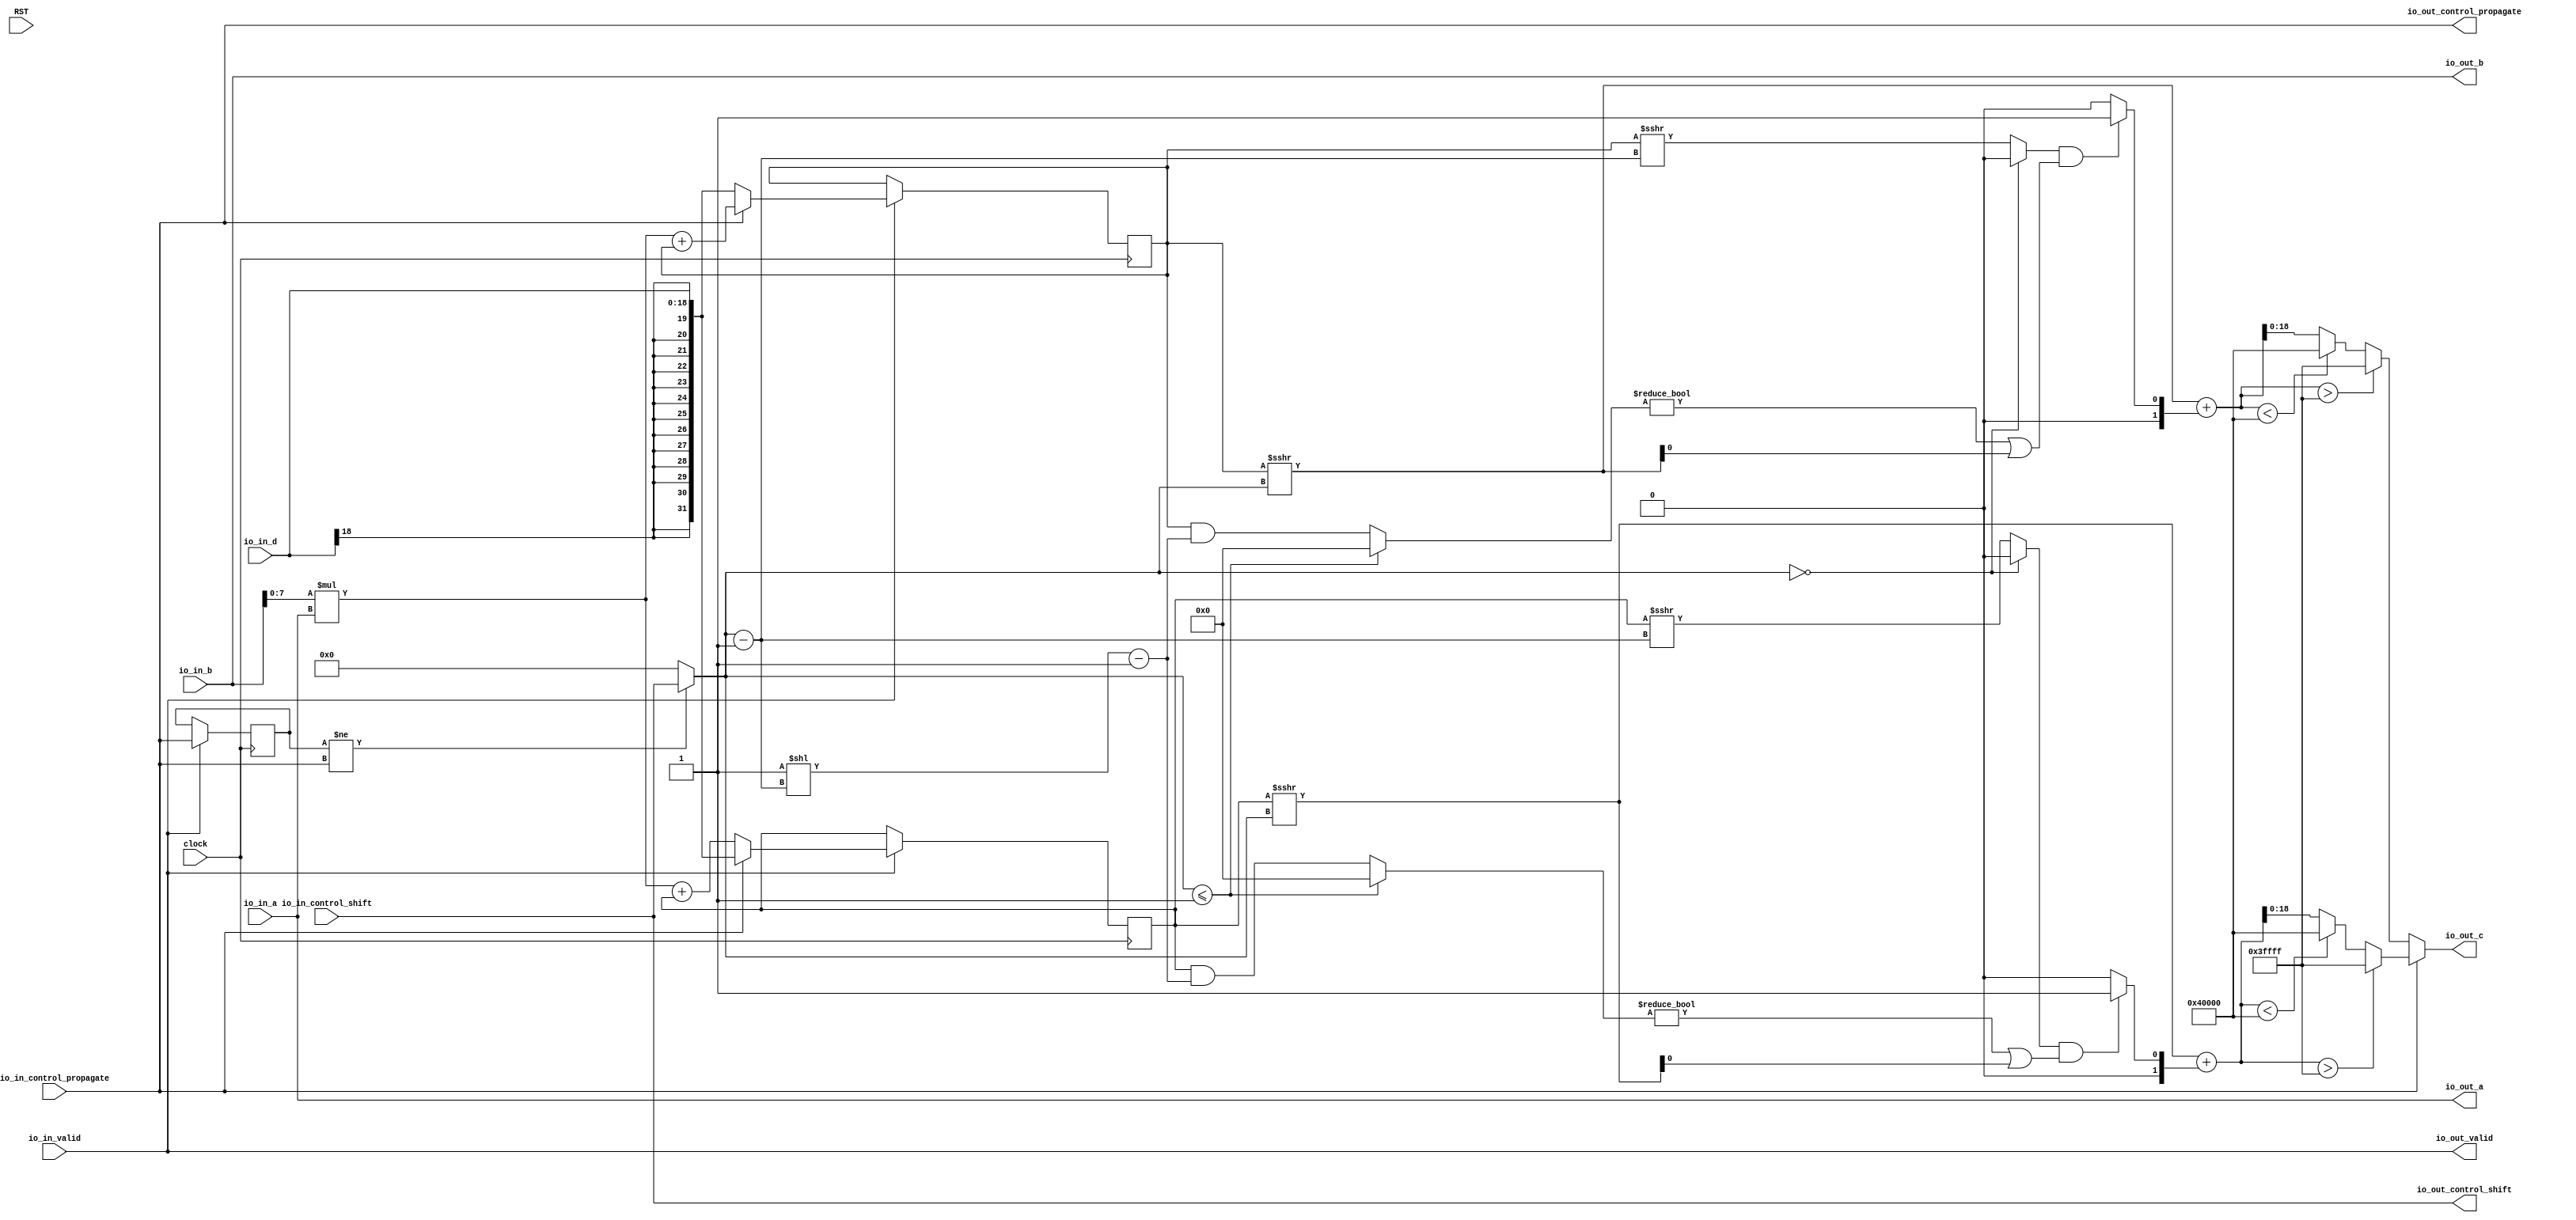
module PE_64( // @[:example.TestHarness.GemminiSocTest1RocketConfig.fir@165467.2]
  input         clock, // @[:example.TestHarness.GemminiSocTest1RocketConfig.fir@165468.4]
  input RST,
  input  [7:0]  io_in_a, // @[:example.TestHarness.GemminiSocTest1RocketConfig.fir@165470.4]
  input  [18:0] io_in_b, // @[:example.TestHarness.GemminiSocTest1RocketConfig.fir@165470.4]
  input  [18:0] io_in_d, // @[:example.TestHarness.GemminiSocTest1RocketConfig.fir@165470.4]
  output [7:0]  io_out_a, // @[:example.TestHarness.GemminiSocTest1RocketConfig.fir@165470.4]
  output [18:0] io_out_b, // @[:example.TestHarness.GemminiSocTest1RocketConfig.fir@165470.4]
  output [18:0] io_out_c, // @[:example.TestHarness.GemminiSocTest1RocketConfig.fir@165470.4]
  input         io_in_control_propagate, // @[:example.TestHarness.GemminiSocTest1RocketConfig.fir@165470.4]
  input  [4:0]  io_in_control_shift, // @[:example.TestHarness.GemminiSocTest1RocketConfig.fir@165470.4]
  output        io_out_control_propagate, // @[:example.TestHarness.GemminiSocTest1RocketConfig.fir@165470.4]
  output [4:0]  io_out_control_shift, // @[:example.TestHarness.GemminiSocTest1RocketConfig.fir@165470.4]
  input         io_in_valid, // @[:example.TestHarness.GemminiSocTest1RocketConfig.fir@165470.4]
  output        io_out_valid // @[:example.TestHarness.GemminiSocTest1RocketConfig.fir@165470.4]
);
  reg [31:0] c1; // @[PE.scala 44:15:example.TestHarness.GemminiSocTest1RocketConfig.fir@165472.4]
  reg [31:0] _RAND_0;
  reg [31:0] c2; // @[PE.scala 45:15:example.TestHarness.GemminiSocTest1RocketConfig.fir@165473.4]
  reg [31:0] _RAND_1;
  reg  last_s; // @[Reg.scala 15:16:example.TestHarness.GemminiSocTest1RocketConfig.fir@165479.4]
  reg [31:0] _RAND_2;
  wire  flip; // @[PE.scala 58:21:example.TestHarness.GemminiSocTest1RocketConfig.fir@165483.4]
  wire [4:0] shift_offset; // @[PE.scala 59:25:example.TestHarness.GemminiSocTest1RocketConfig.fir@165484.4]
  wire  _T_4; // @[Arithmetic.scala 72:32:example.TestHarness.GemminiSocTest1RocketConfig.fir@165491.8]
  wire [4:0] _T_6; // @[Arithmetic.scala 72:53:example.TestHarness.GemminiSocTest1RocketConfig.fir@165493.8]
  wire [31:0] _T_7; // @[Arithmetic.scala 72:50:example.TestHarness.GemminiSocTest1RocketConfig.fir@165494.8]
  wire  _T_8; // @[Arithmetic.scala 72:50:example.TestHarness.GemminiSocTest1RocketConfig.fir@165495.8]
  wire  _T_9; // @[Arithmetic.scala 72:29:example.TestHarness.GemminiSocTest1RocketConfig.fir@165496.8]
  wire  _T_10; // @[Arithmetic.scala 73:27:example.TestHarness.GemminiSocTest1RocketConfig.fir@165497.8]
  wire [31:0] _T_11; // @[Arithmetic.scala 73:51:example.TestHarness.GemminiSocTest1RocketConfig.fir@165498.8]
  wire [31:0] _T_14; // @[Arithmetic.scala 73:62:example.TestHarness.GemminiSocTest1RocketConfig.fir@165501.8]
  wire [31:0] _T_16; // @[Arithmetic.scala 73:85:example.TestHarness.GemminiSocTest1RocketConfig.fir@165503.8]
  wire [31:0] _T_17; // @[Arithmetic.scala 73:54:example.TestHarness.GemminiSocTest1RocketConfig.fir@165504.8]
  wire [31:0] _T_18; // @[Arithmetic.scala 73:24:example.TestHarness.GemminiSocTest1RocketConfig.fir@165505.8]
  wire  _T_19; // @[Arithmetic.scala 73:93:example.TestHarness.GemminiSocTest1RocketConfig.fir@165506.8]
  wire [31:0] _T_20; // @[Arithmetic.scala 74:30:example.TestHarness.GemminiSocTest1RocketConfig.fir@165507.8]
  wire  _T_21; // @[Arithmetic.scala 74:30:example.TestHarness.GemminiSocTest1RocketConfig.fir@165508.8]
  wire  _T_22; // @[Arithmetic.scala 76:38:example.TestHarness.GemminiSocTest1RocketConfig.fir@165509.8]
  wire  _T_23; // @[Arithmetic.scala 76:29:example.TestHarness.GemminiSocTest1RocketConfig.fir@165510.8]
  wire [1:0] _T_26; // @[Arithmetic.scala 78:35:example.TestHarness.GemminiSocTest1RocketConfig.fir@165513.8]
  wire [31:0] _GEN_19; // @[Arithmetic.scala 78:30:example.TestHarness.GemminiSocTest1RocketConfig.fir@165514.8]
  wire [31:0] _T_28; // @[Arithmetic.scala 78:30:example.TestHarness.GemminiSocTest1RocketConfig.fir@165515.8]
  wire [31:0] _T_29; // @[Arithmetic.scala 78:30:example.TestHarness.GemminiSocTest1RocketConfig.fir@165516.8]
  wire  _T_30; // @[Arithmetic.scala 86:33:example.TestHarness.GemminiSocTest1RocketConfig.fir@165517.8]
  wire  _T_31; // @[Arithmetic.scala 86:60:example.TestHarness.GemminiSocTest1RocketConfig.fir@165518.8]
  wire [31:0] _T_32; // @[Mux.scala 87:16:example.TestHarness.GemminiSocTest1RocketConfig.fir@165519.8]
  wire [31:0] _T_33; // @[Mux.scala 87:16:example.TestHarness.GemminiSocTest1RocketConfig.fir@165520.8]
  wire [18:0] _T_34; // @[Arithmetic.scala 86:81:example.TestHarness.GemminiSocTest1RocketConfig.fir@165521.8]
  wire [18:0] _T_35; // @[Arithmetic.scala 86:105:example.TestHarness.GemminiSocTest1RocketConfig.fir@165522.8]
  wire [7:0] _T_36; // @[Arithmetic.scala 81:47:example.TestHarness.GemminiSocTest1RocketConfig.fir@165525.8]
  wire [7:0] _T_37; // @[Arithmetic.scala 81:71:example.TestHarness.GemminiSocTest1RocketConfig.fir@165526.8]
  wire [15:0] _T_38; // @[Arithmetic.scala 65:49:example.TestHarness.GemminiSocTest1RocketConfig.fir@165527.8]
  wire [31:0] _GEN_20; // @[Arithmetic.scala 65:54:example.TestHarness.GemminiSocTest1RocketConfig.fir@165528.8]
  wire [31:0] _T_40; // @[Arithmetic.scala 65:54:example.TestHarness.GemminiSocTest1RocketConfig.fir@165529.8]
  wire [31:0] _T_41; // @[Arithmetic.scala 65:54:example.TestHarness.GemminiSocTest1RocketConfig.fir@165530.8]
  wire [31:0] _T_45; // @[Arithmetic.scala 72:50:example.TestHarness.GemminiSocTest1RocketConfig.fir@165538.8]
  wire  _T_46; // @[Arithmetic.scala 72:50:example.TestHarness.GemminiSocTest1RocketConfig.fir@165539.8]
  wire  _T_47; // @[Arithmetic.scala 72:29:example.TestHarness.GemminiSocTest1RocketConfig.fir@165540.8]
  wire [31:0] _T_49; // @[Arithmetic.scala 73:51:example.TestHarness.GemminiSocTest1RocketConfig.fir@165542.8]
  wire [31:0] _T_55; // @[Arithmetic.scala 73:54:example.TestHarness.GemminiSocTest1RocketConfig.fir@165548.8]
  wire [31:0] _T_56; // @[Arithmetic.scala 73:24:example.TestHarness.GemminiSocTest1RocketConfig.fir@165549.8]
  wire  _T_57; // @[Arithmetic.scala 73:93:example.TestHarness.GemminiSocTest1RocketConfig.fir@165550.8]
  wire [31:0] _T_58; // @[Arithmetic.scala 74:30:example.TestHarness.GemminiSocTest1RocketConfig.fir@165551.8]
  wire  _T_59; // @[Arithmetic.scala 74:30:example.TestHarness.GemminiSocTest1RocketConfig.fir@165552.8]
  wire  _T_60; // @[Arithmetic.scala 76:38:example.TestHarness.GemminiSocTest1RocketConfig.fir@165553.8]
  wire  _T_61; // @[Arithmetic.scala 76:29:example.TestHarness.GemminiSocTest1RocketConfig.fir@165554.8]
  wire [1:0] _T_64; // @[Arithmetic.scala 78:35:example.TestHarness.GemminiSocTest1RocketConfig.fir@165557.8]
  wire [31:0] _GEN_21; // @[Arithmetic.scala 78:30:example.TestHarness.GemminiSocTest1RocketConfig.fir@165558.8]
  wire [31:0] _T_66; // @[Arithmetic.scala 78:30:example.TestHarness.GemminiSocTest1RocketConfig.fir@165559.8]
  wire [31:0] _T_67; // @[Arithmetic.scala 78:30:example.TestHarness.GemminiSocTest1RocketConfig.fir@165560.8]
  wire  _T_68; // @[Arithmetic.scala 86:33:example.TestHarness.GemminiSocTest1RocketConfig.fir@165561.8]
  wire  _T_69; // @[Arithmetic.scala 86:60:example.TestHarness.GemminiSocTest1RocketConfig.fir@165562.8]
  wire [31:0] _T_70; // @[Mux.scala 87:16:example.TestHarness.GemminiSocTest1RocketConfig.fir@165563.8]
  wire [31:0] _T_71; // @[Mux.scala 87:16:example.TestHarness.GemminiSocTest1RocketConfig.fir@165564.8]
  wire [18:0] _T_72; // @[Arithmetic.scala 86:81:example.TestHarness.GemminiSocTest1RocketConfig.fir@165565.8]
  wire [18:0] _T_73; // @[Arithmetic.scala 86:105:example.TestHarness.GemminiSocTest1RocketConfig.fir@165566.8]
  wire [31:0] _T_78; // @[Arithmetic.scala 65:54:example.TestHarness.GemminiSocTest1RocketConfig.fir@165573.8]
  wire [31:0] _T_79; // @[Arithmetic.scala 65:54:example.TestHarness.GemminiSocTest1RocketConfig.fir@165574.8]
  wire [18:0] _GEN_1; // @[PE.scala 70:30:example.TestHarness.GemminiSocTest1RocketConfig.fir@165490.6]
  wire [31:0] _GEN_13; // @[PE.scala 69:95:example.TestHarness.GemminiSocTest1RocketConfig.fir@165488.4]
  wire  _T_99; // @[PE.scala 97:9:example.TestHarness.GemminiSocTest1RocketConfig.fir@165619.4]
  wire [18:0] _GEN_25; // @[PE.scala 71:16:example.TestHarness.GemminiSocTest1RocketConfig.fir@165523.8 PE.scala 76:16:example.TestHarness.GemminiSocTest1RocketConfig.fir@165567.8 PE.scala 83:16:example.TestHarness.GemminiSocTest1RocketConfig.fir@165586.10 PE.scala 87:16:example.TestHarness.GemminiSocTest1RocketConfig.fir@165597.10]
  assign flip = last_s != io_in_control_propagate; // @[PE.scala 58:21:example.TestHarness.GemminiSocTest1RocketConfig.fir@165483.4]
  assign shift_offset = flip ? io_in_control_shift : 5'h0; // @[PE.scala 59:25:example.TestHarness.GemminiSocTest1RocketConfig.fir@165484.4]
  assign _T_4 = shift_offset == 5'h0; // @[Arithmetic.scala 72:32:example.TestHarness.GemminiSocTest1RocketConfig.fir@165491.8]
  assign _T_6 = shift_offset - 5'h1; // @[Arithmetic.scala 72:53:example.TestHarness.GemminiSocTest1RocketConfig.fir@165493.8]
  assign _T_7 = $signed(c1) >>> _T_6; // @[Arithmetic.scala 72:50:example.TestHarness.GemminiSocTest1RocketConfig.fir@165494.8]
  assign _T_8 = _T_7[0]; // @[Arithmetic.scala 72:50:example.TestHarness.GemminiSocTest1RocketConfig.fir@165495.8]
  assign _T_9 = _T_4 ? 1'h0 : _T_8; // @[Arithmetic.scala 72:29:example.TestHarness.GemminiSocTest1RocketConfig.fir@165496.8]
  assign _T_10 = shift_offset <= 5'h1; // @[Arithmetic.scala 73:27:example.TestHarness.GemminiSocTest1RocketConfig.fir@165497.8]
  assign _T_11 = $unsigned(c1); // @[Arithmetic.scala 73:51:example.TestHarness.GemminiSocTest1RocketConfig.fir@165498.8]
  assign _T_14 = 32'h1 << _T_6; // @[Arithmetic.scala 73:62:example.TestHarness.GemminiSocTest1RocketConfig.fir@165501.8]
  assign _T_16 = _T_14 - 32'h1; // @[Arithmetic.scala 73:85:example.TestHarness.GemminiSocTest1RocketConfig.fir@165503.8]
  assign _T_17 = _T_11 & _T_16; // @[Arithmetic.scala 73:54:example.TestHarness.GemminiSocTest1RocketConfig.fir@165504.8]
  assign _T_18 = _T_10 ? 32'h0 : _T_17; // @[Arithmetic.scala 73:24:example.TestHarness.GemminiSocTest1RocketConfig.fir@165505.8]
  assign _T_19 = _T_18 != 32'h0; // @[Arithmetic.scala 73:93:example.TestHarness.GemminiSocTest1RocketConfig.fir@165506.8]
  assign _T_20 = $signed(c1) >>> shift_offset; // @[Arithmetic.scala 74:30:example.TestHarness.GemminiSocTest1RocketConfig.fir@165507.8]
  assign _T_21 = _T_20[0]; // @[Arithmetic.scala 74:30:example.TestHarness.GemminiSocTest1RocketConfig.fir@165508.8]
  assign _T_22 = _T_19 | _T_21; // @[Arithmetic.scala 76:38:example.TestHarness.GemminiSocTest1RocketConfig.fir@165509.8]
  assign _T_23 = _T_9 & _T_22; // @[Arithmetic.scala 76:29:example.TestHarness.GemminiSocTest1RocketConfig.fir@165510.8]
  assign _T_26 = _T_23 ? $signed(2'sh1) : $signed(2'sh0); // @[Arithmetic.scala 78:35:example.TestHarness.GemminiSocTest1RocketConfig.fir@165513.8]
  assign _GEN_19 = {{30{_T_26[1]}},_T_26}; // @[Arithmetic.scala 78:30:example.TestHarness.GemminiSocTest1RocketConfig.fir@165514.8]
  assign _T_28 = $signed(_T_20) + $signed(_GEN_19); // @[Arithmetic.scala 78:30:example.TestHarness.GemminiSocTest1RocketConfig.fir@165515.8]
  assign _T_29 = $signed(_T_28); // @[Arithmetic.scala 78:30:example.TestHarness.GemminiSocTest1RocketConfig.fir@165516.8]
  assign _T_30 = $signed(_T_29) > $signed(32'sh3ffff); // @[Arithmetic.scala 86:33:example.TestHarness.GemminiSocTest1RocketConfig.fir@165517.8]
  assign _T_31 = $signed(_T_29) < $signed(-32'sh40000); // @[Arithmetic.scala 86:60:example.TestHarness.GemminiSocTest1RocketConfig.fir@165518.8]
  assign _T_32 = _T_31 ? $signed(-32'sh40000) : $signed(_T_29); // @[Mux.scala 87:16:example.TestHarness.GemminiSocTest1RocketConfig.fir@165519.8]
  assign _T_33 = _T_30 ? $signed(32'sh3ffff) : $signed(_T_32); // @[Mux.scala 87:16:example.TestHarness.GemminiSocTest1RocketConfig.fir@165520.8]
  assign _T_34 = _T_33[18:0]; // @[Arithmetic.scala 86:81:example.TestHarness.GemminiSocTest1RocketConfig.fir@165521.8]
  assign _T_35 = $signed(_T_34); // @[Arithmetic.scala 86:105:example.TestHarness.GemminiSocTest1RocketConfig.fir@165522.8]
  assign _T_36 = io_in_b[7:0]; // @[Arithmetic.scala 81:47:example.TestHarness.GemminiSocTest1RocketConfig.fir@165525.8]
  assign _T_37 = $signed(_T_36); // @[Arithmetic.scala 81:71:example.TestHarness.GemminiSocTest1RocketConfig.fir@165526.8]
  assign _T_38 = $signed(_T_37) * $signed(io_in_a); // @[Arithmetic.scala 65:49:example.TestHarness.GemminiSocTest1RocketConfig.fir@165527.8]
  assign _GEN_20 = {{16{_T_38[15]}},_T_38}; // @[Arithmetic.scala 65:54:example.TestHarness.GemminiSocTest1RocketConfig.fir@165528.8]
  assign _T_40 = $signed(_GEN_20) + $signed(c2); // @[Arithmetic.scala 65:54:example.TestHarness.GemminiSocTest1RocketConfig.fir@165529.8]
  assign _T_41 = $signed(_T_40); // @[Arithmetic.scala 65:54:example.TestHarness.GemminiSocTest1RocketConfig.fir@165530.8]
  assign _T_45 = $signed(c2) >>> _T_6; // @[Arithmetic.scala 72:50:example.TestHarness.GemminiSocTest1RocketConfig.fir@165538.8]
  assign _T_46 = _T_45[0]; // @[Arithmetic.scala 72:50:example.TestHarness.GemminiSocTest1RocketConfig.fir@165539.8]
  assign _T_47 = _T_4 ? 1'h0 : _T_46; // @[Arithmetic.scala 72:29:example.TestHarness.GemminiSocTest1RocketConfig.fir@165540.8]
  assign _T_49 = $unsigned(c2); // @[Arithmetic.scala 73:51:example.TestHarness.GemminiSocTest1RocketConfig.fir@165542.8]
  assign _T_55 = _T_49 & _T_16; // @[Arithmetic.scala 73:54:example.TestHarness.GemminiSocTest1RocketConfig.fir@165548.8]
  assign _T_56 = _T_10 ? 32'h0 : _T_55; // @[Arithmetic.scala 73:24:example.TestHarness.GemminiSocTest1RocketConfig.fir@165549.8]
  assign _T_57 = _T_56 != 32'h0; // @[Arithmetic.scala 73:93:example.TestHarness.GemminiSocTest1RocketConfig.fir@165550.8]
  assign _T_58 = $signed(c2) >>> shift_offset; // @[Arithmetic.scala 74:30:example.TestHarness.GemminiSocTest1RocketConfig.fir@165551.8]
  assign _T_59 = _T_58[0]; // @[Arithmetic.scala 74:30:example.TestHarness.GemminiSocTest1RocketConfig.fir@165552.8]
  assign _T_60 = _T_57 | _T_59; // @[Arithmetic.scala 76:38:example.TestHarness.GemminiSocTest1RocketConfig.fir@165553.8]
  assign _T_61 = _T_47 & _T_60; // @[Arithmetic.scala 76:29:example.TestHarness.GemminiSocTest1RocketConfig.fir@165554.8]
  assign _T_64 = _T_61 ? $signed(2'sh1) : $signed(2'sh0); // @[Arithmetic.scala 78:35:example.TestHarness.GemminiSocTest1RocketConfig.fir@165557.8]
  assign _GEN_21 = {{30{_T_64[1]}},_T_64}; // @[Arithmetic.scala 78:30:example.TestHarness.GemminiSocTest1RocketConfig.fir@165558.8]
  assign _T_66 = $signed(_T_58) + $signed(_GEN_21); // @[Arithmetic.scala 78:30:example.TestHarness.GemminiSocTest1RocketConfig.fir@165559.8]
  assign _T_67 = $signed(_T_66); // @[Arithmetic.scala 78:30:example.TestHarness.GemminiSocTest1RocketConfig.fir@165560.8]
  assign _T_68 = $signed(_T_67) > $signed(32'sh3ffff); // @[Arithmetic.scala 86:33:example.TestHarness.GemminiSocTest1RocketConfig.fir@165561.8]
  assign _T_69 = $signed(_T_67) < $signed(-32'sh40000); // @[Arithmetic.scala 86:60:example.TestHarness.GemminiSocTest1RocketConfig.fir@165562.8]
  assign _T_70 = _T_69 ? $signed(-32'sh40000) : $signed(_T_67); // @[Mux.scala 87:16:example.TestHarness.GemminiSocTest1RocketConfig.fir@165563.8]
  assign _T_71 = _T_68 ? $signed(32'sh3ffff) : $signed(_T_70); // @[Mux.scala 87:16:example.TestHarness.GemminiSocTest1RocketConfig.fir@165564.8]
  assign _T_72 = _T_71[18:0]; // @[Arithmetic.scala 86:81:example.TestHarness.GemminiSocTest1RocketConfig.fir@165565.8]
  assign _T_73 = $signed(_T_72); // @[Arithmetic.scala 86:105:example.TestHarness.GemminiSocTest1RocketConfig.fir@165566.8]
  assign _T_78 = $signed(_GEN_20) + $signed(c1); // @[Arithmetic.scala 65:54:example.TestHarness.GemminiSocTest1RocketConfig.fir@165573.8]
  assign _T_79 = $signed(_T_78); // @[Arithmetic.scala 65:54:example.TestHarness.GemminiSocTest1RocketConfig.fir@165574.8]
  assign _GEN_1 = io_in_control_propagate ? $signed(_T_35) : $signed(_T_73); // @[PE.scala 70:30:example.TestHarness.GemminiSocTest1RocketConfig.fir@165490.6]
  assign _GEN_13 = {{13{_GEN_1[18]}},_GEN_1}; // @[PE.scala 69:95:example.TestHarness.GemminiSocTest1RocketConfig.fir@165488.4]
  assign _T_99 = io_in_valid == 1'h0; // @[PE.scala 97:9:example.TestHarness.GemminiSocTest1RocketConfig.fir@165619.4]
  assign io_out_a = io_in_a; // @[PE.scala 51:12:example.TestHarness.GemminiSocTest1RocketConfig.fir@165474.4]
  assign io_out_b = io_in_b; // @[PE.scala 72:16:example.TestHarness.GemminiSocTest1RocketConfig.fir@165524.8 PE.scala 77:16:example.TestHarness.GemminiSocTest1RocketConfig.fir@165568.8 PE.scala 84:16:example.TestHarness.GemminiSocTest1RocketConfig.fir@165593.10 PE.scala 88:16:example.TestHarness.GemminiSocTest1RocketConfig.fir@165604.10]
  assign _GEN_25 = _GEN_13[18:0]; // @[PE.scala 71:16:example.TestHarness.GemminiSocTest1RocketConfig.fir@165523.8 PE.scala 76:16:example.TestHarness.GemminiSocTest1RocketConfig.fir@165567.8 PE.scala 83:16:example.TestHarness.GemminiSocTest1RocketConfig.fir@165586.10 PE.scala 87:16:example.TestHarness.GemminiSocTest1RocketConfig.fir@165597.10]
  assign io_out_c = $signed(_GEN_25); // @[PE.scala 71:16:example.TestHarness.GemminiSocTest1RocketConfig.fir@165523.8 PE.scala 76:16:example.TestHarness.GemminiSocTest1RocketConfig.fir@165567.8 PE.scala 83:16:example.TestHarness.GemminiSocTest1RocketConfig.fir@165586.10 PE.scala 87:16:example.TestHarness.GemminiSocTest1RocketConfig.fir@165597.10]
  assign io_out_control_propagate = io_in_control_propagate; // @[PE.scala 53:28:example.TestHarness.GemminiSocTest1RocketConfig.fir@165476.4]
  assign io_out_control_shift = io_in_control_shift; // @[PE.scala 54:24:example.TestHarness.GemminiSocTest1RocketConfig.fir@165477.4]
  assign io_out_valid = io_in_valid; // @[PE.scala 55:16:example.TestHarness.GemminiSocTest1RocketConfig.fir@165478.4]
`ifdef RANDOMIZE_GARBAGE_ASSIGN
`define RANDOMIZE
`endif
`ifdef RANDOMIZE_INVALID_ASSIGN
`define RANDOMIZE
`endif
`ifdef RANDOMIZE_REG_INIT
`define RANDOMIZE
`endif
`ifdef RANDOMIZE_MEM_INIT
`define RANDOMIZE
`endif
`ifndef RANDOM
`define RANDOM $random
`endif
`ifdef RANDOMIZE_MEM_INIT
  integer initvar;
`endif
initial begin
  `ifdef RANDOMIZE
    `ifdef INIT_RANDOM
      `INIT_RANDOM
    `endif
    `ifndef VERILATOR
      `ifdef RANDOMIZE_DELAY
        #`RANDOMIZE_DELAY begin end
      `else
        #0.002 begin end
      `endif
    `endif
  `ifdef RANDOMIZE_REG_INIT
  _RAND_0 = {1{`RANDOM}};
  c1 = _RAND_0[31:0];
  `endif // RANDOMIZE_REG_INIT
  `ifdef RANDOMIZE_REG_INIT
  _RAND_1 = {1{`RANDOM}};
  c2 = _RAND_1[31:0];
  `endif // RANDOMIZE_REG_INIT
  `ifdef RANDOMIZE_REG_INIT
  _RAND_2 = {1{`RANDOM}};
  last_s = _RAND_2[0:0];
  `endif // RANDOMIZE_REG_INIT
  `endif // RANDOMIZE
end
  always @(posedge clock) begin
    if (!(_T_99)) begin
      if (io_in_control_propagate) begin
        c1 <= {{13{io_in_d[18]}},io_in_d};
      end else begin
        c1 <= _T_79;
      end
    end
    if (!(_T_99)) begin
      if (io_in_control_propagate) begin
        c2 <= _T_41;
      end else begin
        c2 <= {{13{io_in_d[18]}},io_in_d};
      end
    end
    if (io_in_valid) begin
      last_s <= io_in_control_propagate;
    end
  end
endmodule